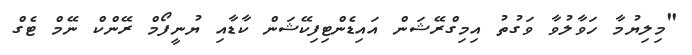
"މިލިޔުމާ ހަވާލުވާ ވަގުތު އިމިގްރޭޝަން އައިޑެންޓިފިކޭޝަން ކާޑާއި ޔުނީފޯމް ރޭންކް ނޭމް ޓެގް